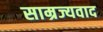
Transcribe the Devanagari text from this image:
साम्रज्यवाद